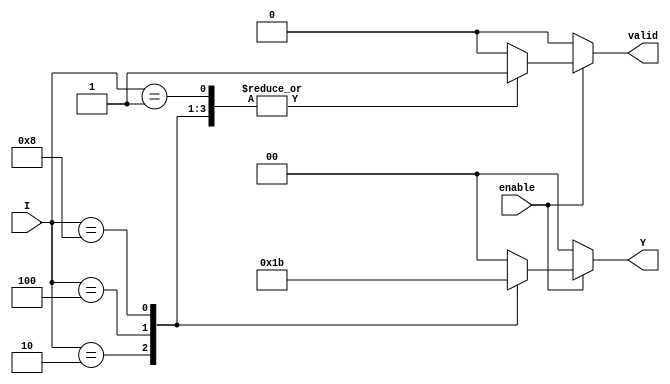
module binary_encoder (
    input wire [3:0] I,      // 4 input lines
    input wire enable,       // Enable signal
    output reg [1:0] Y,      // 2 output lines
    output reg valid         // Valid signal to indicate if the output is valid
);

    always @(*) begin
        if (enable) begin
            case (I)
                4'b0001: begin
                    Y = 2'b00; // I0 is active
                    valid = 1'b1;
                end
                4'b0010: begin
                    Y = 2'b01; // I1 is active
                    valid = 1'b1;
                end
                4'b0100: begin
                    Y = 2'b10; // I2 is active
                    valid = 1'b1;
                end
                4'b1000: begin
                    Y = 2'b11; // I3 is active
                    valid = 1'b1;
                end
                default: begin
                    Y = 2'b00; // Default output (invalid state)
                    valid = 1'b0; // No valid input
                end
            endcase
        end else begin
            Y = 2'b00; // Output when not enabled
            valid = 1'b0; // No valid input
        end
    end

endmodule